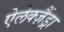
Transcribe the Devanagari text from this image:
ऐलेक्ज़ैंड्रा